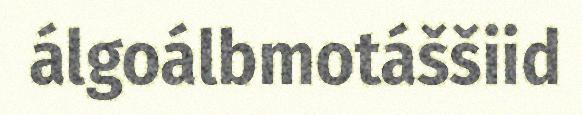
álgoálbmotáššiid